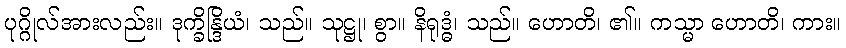
ပုဂ္ဂိုလ်အားလည်း။ ဒုက္ခိန္ဒြိယံ၊ သည်။ သုဋ္ဌု၊ စွာ။ နိရုဒ္ဓံ၊ သည်။ ဟောတိ၊ ၏။ ကသ္မာ ဟောတိ၊ ကား။